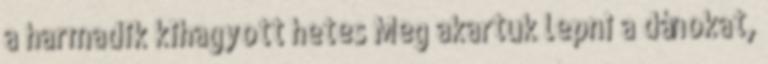
a harmadik kihagyott hetes Meg akartuk lepni a dánokat,